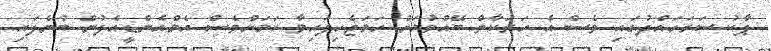
ޕާކު ސަރަހައްދުގައި ވެސް އެ ހަރަކާތް ބޭއްވުމަށް ހަމަޖެހިފައިވާ ކަމަށްވެސް އެމްއެންޑީއެފުން ބުނެފައި